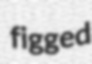
figged